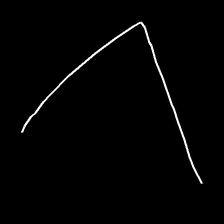
Glyph: region